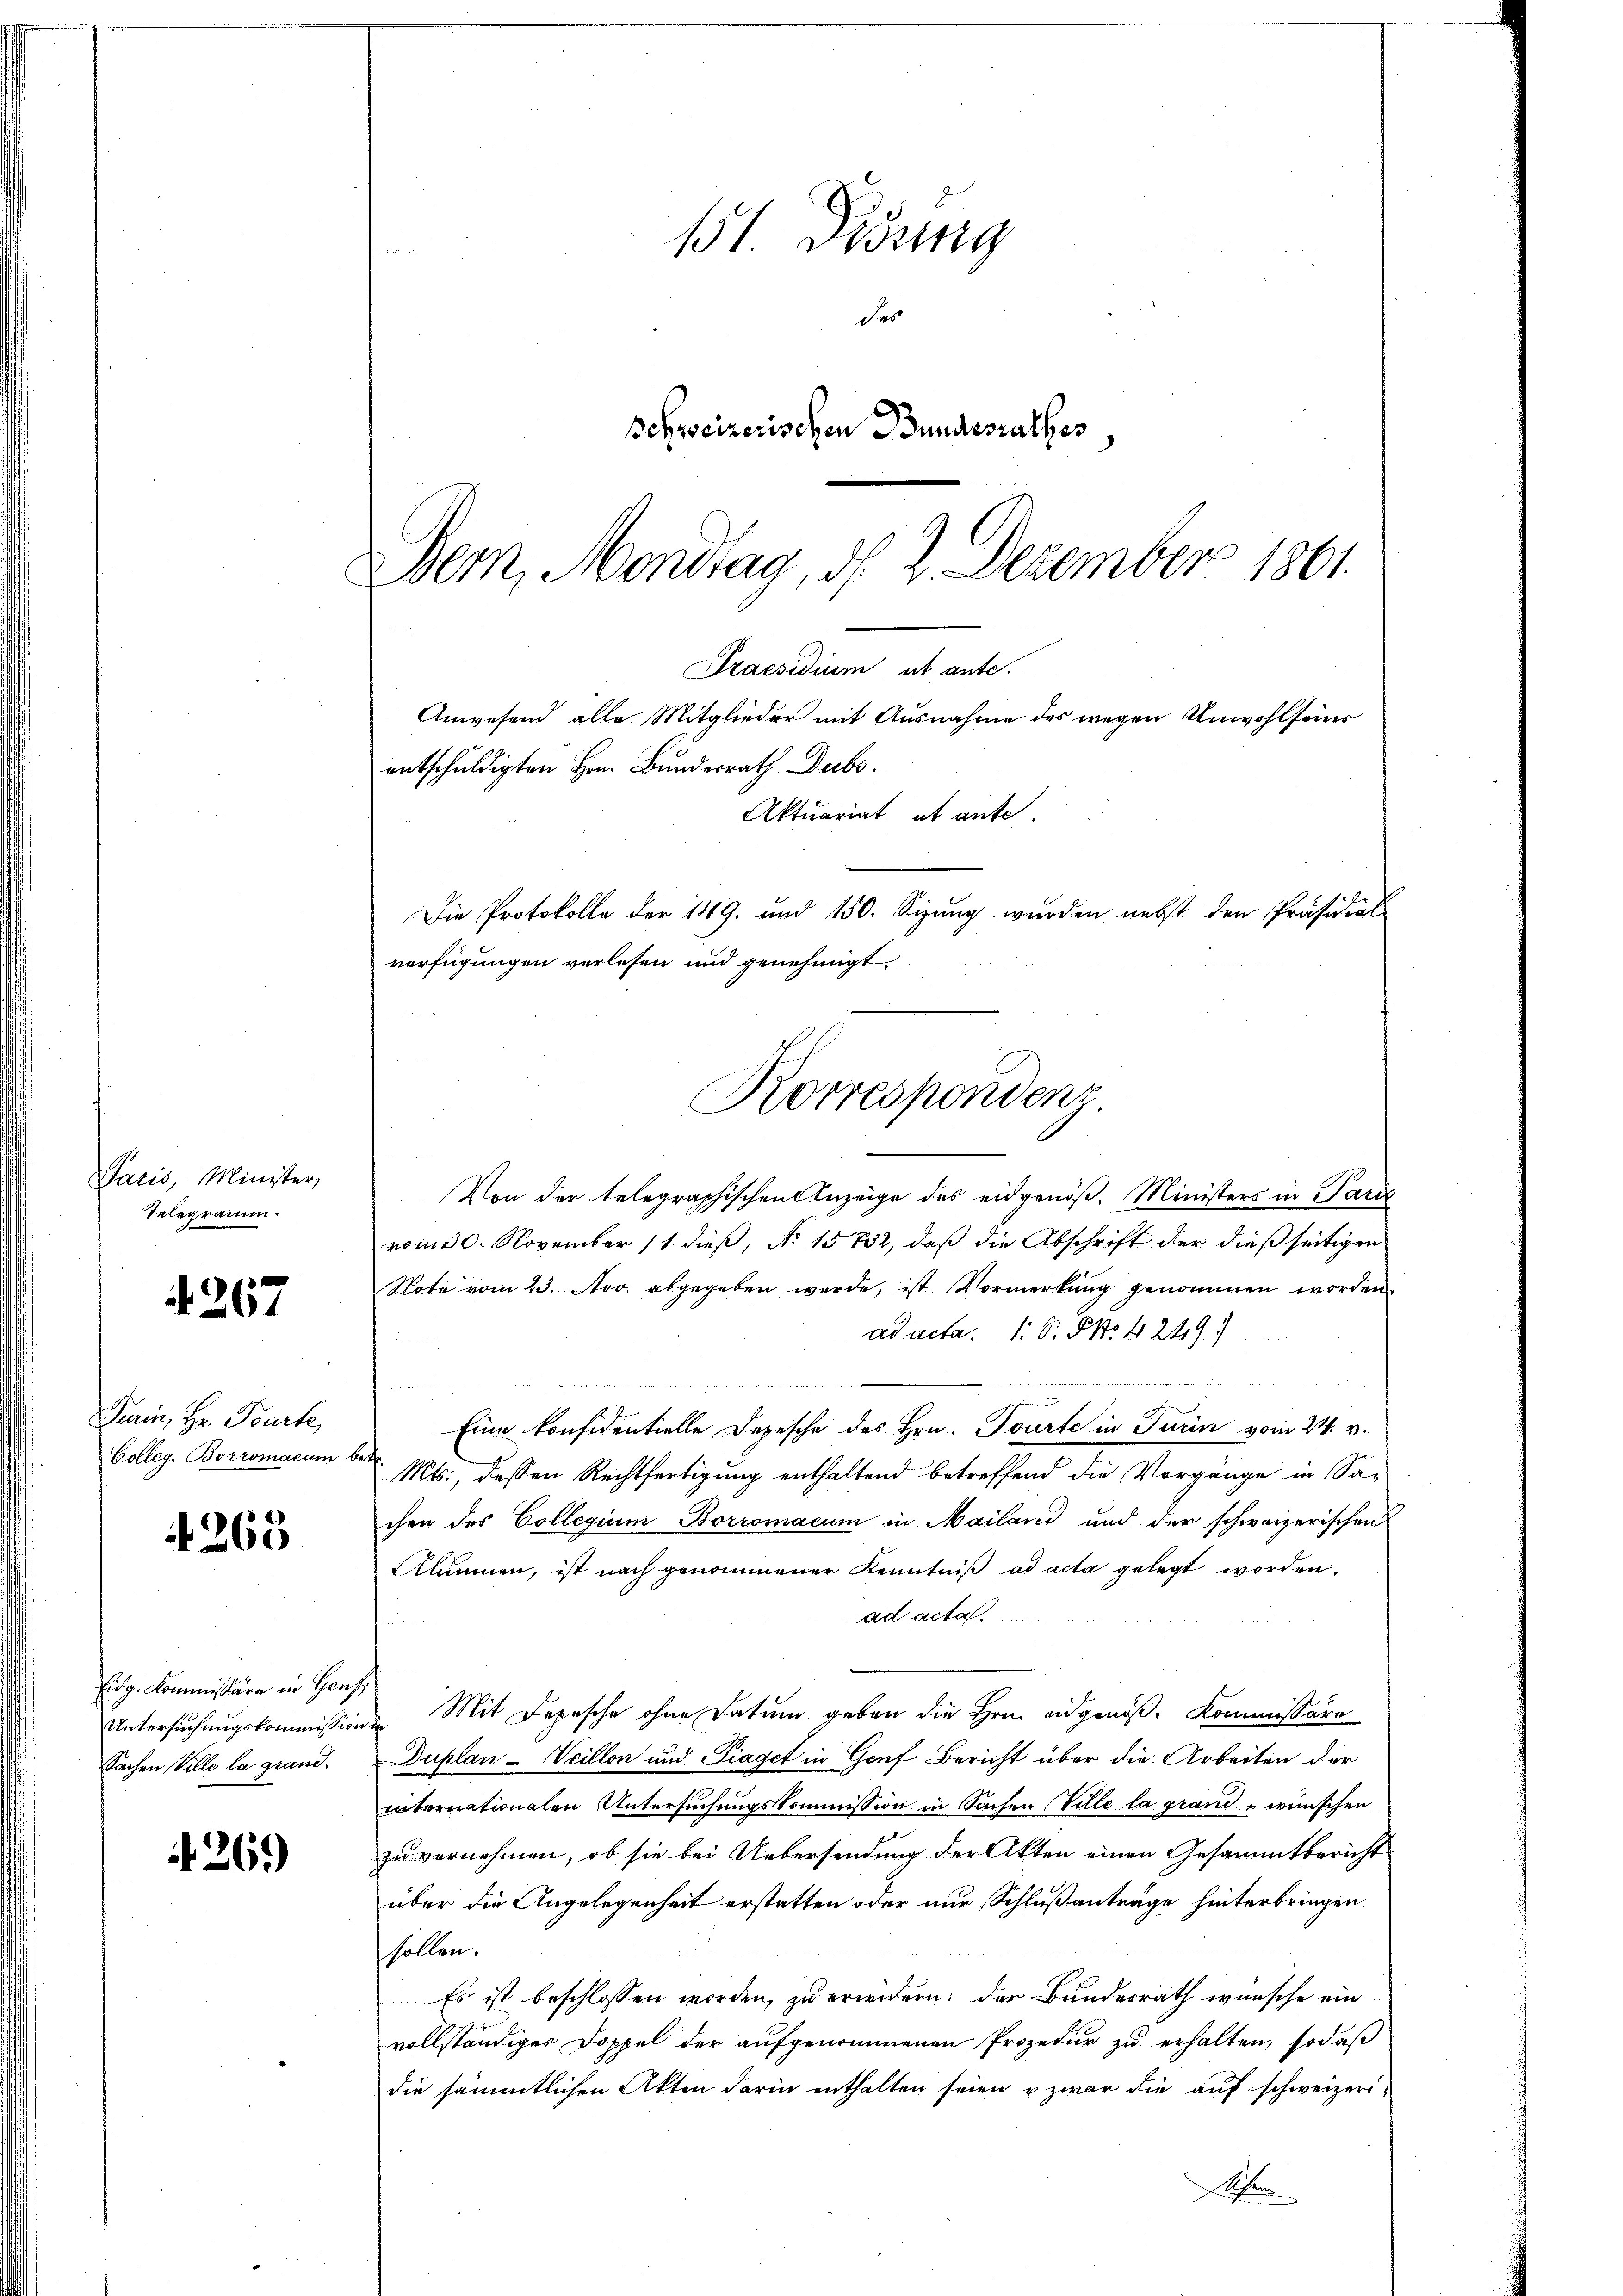
Paris, Minister,
Telegramm.

4267

Turin, Hr. Tourte,
Colleg. Borromaeum be

4265

hug kommen, die in Gros
Untersuchungskommission
Sachen Ville la grand.

26.)

Praesidium ut ante.
Anwesend alle Mitglieder mit Ausnahme des wegen Unwohlseins
entschuldigten Hrn. Bundesrath Decbr.
Aktuariat et ante.
Die Protokolle der 149. und 150. Sizung wurden nebst den Präsidial-
verfügungen verlesen und genehmigt.
Korrespondenz

151. Didung
des
Schweizerischen Bundesrathes
Dem Mondtag, d. 2. Dezember 1801.

Von der telegraphischen Anzeige des eidgenöß. Ministers in Paris
vom 30. November 11. dieß, No 15732, daß die Abschrift der dießseitigen
Note vom 23. Nov. abgegeben werde, ist Vormerkung genommen worden
ad acta. 1. P. No 4249.
i
Eine konfidentielle Depesche des Hrn. Tourte in Turin vom 24. v.
f
Mts., dessen Rechtfertigung enthaltend betreffend die Vorgänge in Sa-
chen des Collegium Borromacum in Mailand und der schweizerischen
Alumnen, ist nach genommener Kenntniß ad acta gelegt worden.
ad acta.
Mit Depesche ohne Datum geben die Hrn. ausgenöß- Kommissäre
öge
Duplan -Veillon und Piaget in Genf Bericht über die Arbeiten der
internationalen Untersuchungskommission in Sachen Ville la grand wünschen
zu vernehmen, ob sie bei Uebersendung der Akten einen Gesammtbericht
über die Angelegenheit erstatten oder nur Schlußanträge hinterbringen
sollen.
Es ist beschlossen worden, zu erwidern: der Bundesrath wünsche ein
vollständiges Doppel der aufgenommenen Prozedur zu erhalten, sodaß
die sämmtlichen Akten darin enthalten seien u zwar die auf schweizeri¬